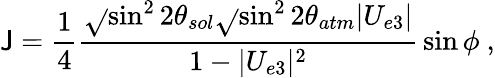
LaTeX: \mathsf{J}={\frac{{1}}{{4}}}{\frac{{\sqrt{}{{\sin^{2}2\theta_{sol}}}\sqrt{}{{\sin^{2}2\theta_{atm}}}|U_{e3}|}}{{1-|U_{e3}|^{2}}}}\sin\phi\ ,